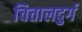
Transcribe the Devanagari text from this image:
चित्तालदुर्ग